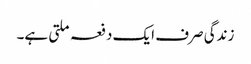
زندگی صرف ایک دفعہ ملتی ہے۔